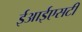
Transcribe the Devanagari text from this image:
ईआईएसटी